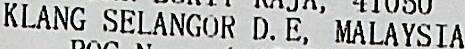
KLANG SELANGOR D.E, MALAYSIA